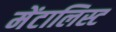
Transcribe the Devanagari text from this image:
मेंटालिस्ट